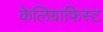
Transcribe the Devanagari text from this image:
केलिग्राफिस्ट